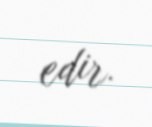
edir.